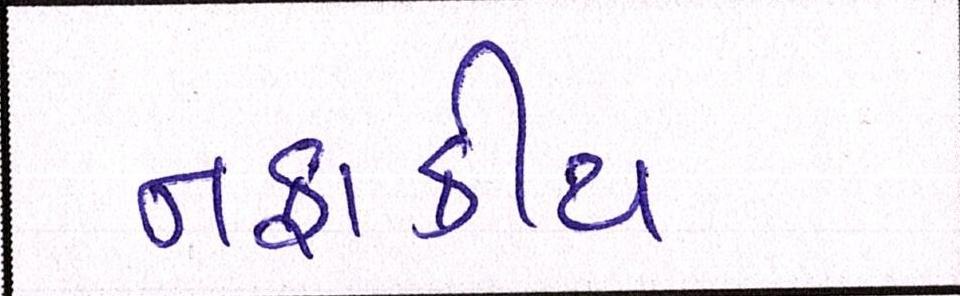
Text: નફાકીય